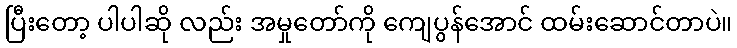
ပြီးတော့ ပါပါဆို လည်း အမှုတော်ကို ကျေပွန်အောင် ထမ်းဆောင်တာပဲ။